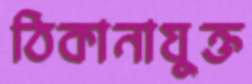
ঠিকানাযুক্ত